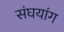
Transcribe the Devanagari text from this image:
संघयांग